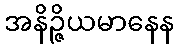
အနိဉ္ဇိယမာနေန